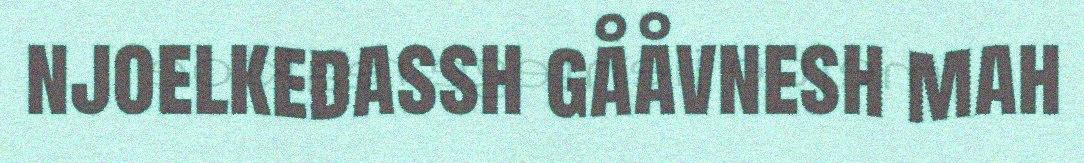
njoelkedassh gååvnesh mah